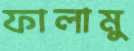
ফালামু